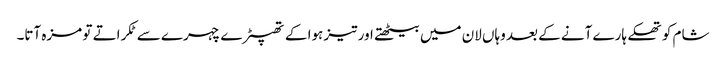
شام کو تھکے ہارے آنے کے بعد وہاں لان میں بیٹھتے اور تیز ہوا کے تھپیڑے چہرے سے ٹکراتے تو مزہ آتا۔